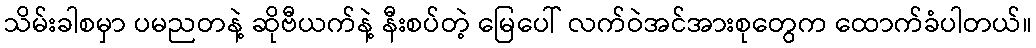
သိမ်းခါစမှာ ပမညတနဲ့ ဆိုဗီယက်နဲ့ နီးစပ်တဲ့ မြေပေါ် လက်ဝဲအင်အားစုတွေက ထောက်ခံပါတယ်။